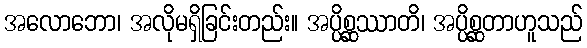
အလောဘော၊ အလိုမရှိခြင်းတည်း။ အပ္ပိစ္ဆဿာတိ၊ အပ္ပိစ္ဆတာဟူသည်